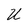
Character: U